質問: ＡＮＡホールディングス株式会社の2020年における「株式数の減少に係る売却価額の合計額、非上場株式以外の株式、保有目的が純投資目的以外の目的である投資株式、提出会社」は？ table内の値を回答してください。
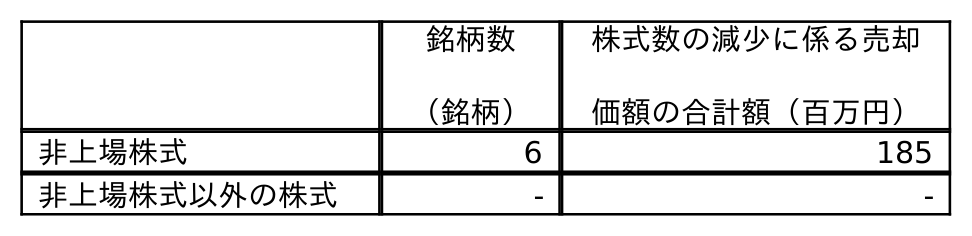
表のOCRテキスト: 銘柄数 （銘柄） 株式数の減少に係る売却 価額の合計額（百万円） 非上場株式 6 185 非上場株式以外の株式 - -
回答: -